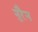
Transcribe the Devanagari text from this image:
नुरैन